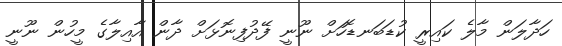
ހަދާލަން މާލެ ކައިރީ ކުޑަބަނޑޮހަށް ނޫނީ ފޭދުފިނޮޅަށް ދާން އާއިލާގެ މީހުން ނޫނީ